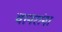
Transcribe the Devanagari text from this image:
वानरांना